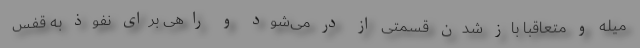
میله و متعاقباً باز شدن قسمتی از در می‌شود و راهی برای نفوذ به قفس